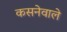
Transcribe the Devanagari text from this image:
कसनेवाले